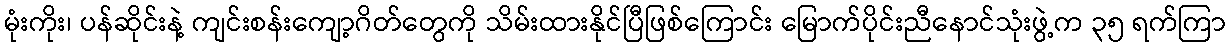
မုံးကိုး၊ ပန်ဆိုင်းနဲ့ ကျင်းစန်းကျော့ဂိတ်တွေကို သိမ်းထားနိုင်ပြီဖြစ်ကြောင်း မြောက်ပိုင်းညီနောင်သုံးဖွဲ့က ၃၅ ရက်ကြာ